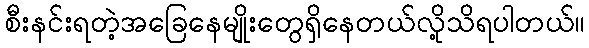
စီးနင်းရတဲ့အခြေနေမျိုးတွေရှိနေတယ်လို့သိရပါတယ်။